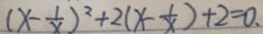
( x - \frac { 1 } { x } ) ^ { 2 } + 2 ( x - \frac { 1 } { x } ) + 2 = 0 ,